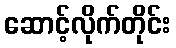
ဆောင့်လိုက်တိုင်း